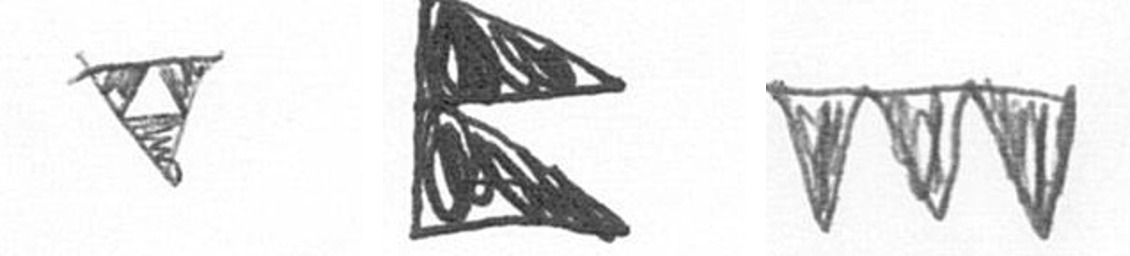
S P L